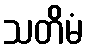
သတိမံ